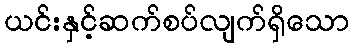
ယင်းနှင့်ဆက်စပ်လျက်ရှိသော